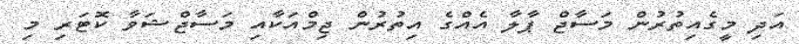
އަދި މީގެއިތުރުން މަސާޖް ޕާލާ އެއްގެ އިތުރުން ޖިމްއަކާއި މަސާޖްޝަވާ ކޮޓަރި މި